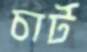
চার্ট